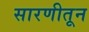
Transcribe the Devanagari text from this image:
सारणीतून